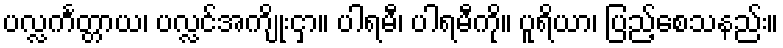
ပလ္လင်္ကတ္တာယ၊ ပလ္လင်အကျိုးငှာ။ ပါရမီ၊ ပါရမီကို။ ပူရိယာ၊ ပြည့်စေသနည်း။